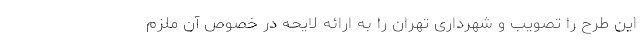
این طرح را تصویب و شهرداری تهران را به ارائه لایحه در خصوص آن ملزم